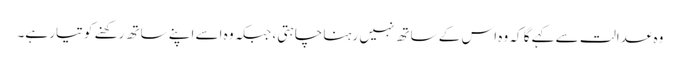
وہ عدالت سے کہے گا کہ وہ اس کے ساتھ نہیں رہنا چاہتی، جبکہ وہ اسے اپنے ساتھ رکھنے کو تیار ہے۔